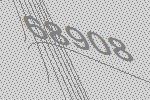
68908